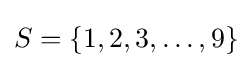
S=\{1,2,3,\dots ,9\}